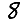
Digit: 8